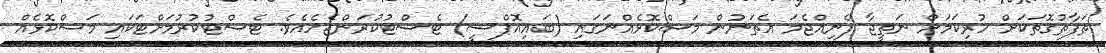
ތަފާތުގޮތަކަށް ހުރިކަމަށް ނަތީޖާ ފެނިއްޖެމަ އެތަނުން މަސްކޮޅެއްނަގައި (ބައިއޮޕްސީ) ޓެސްޓުކުރަންޖެހެއެވެ. ޓެސްޓުކުރުމަށްޓަކައި މަސްކޮޅެއް